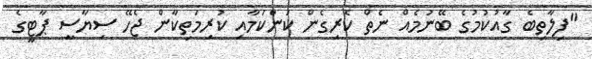
"ފިލާތިބެ ގާއުކުމުގެ ބޭނުމެއް ނެތް ކެރިގެން ކަންކަމާއި ކުރިމަތިކާން ޖެހޭ ސިޔާސީ ޕާޓީގެ